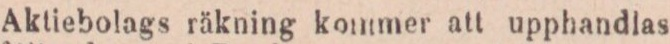
Aktiebolags räkning kommer att upphandlas